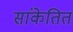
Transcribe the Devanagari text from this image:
सांकेतित